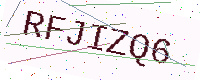
Text: RFJIZQ6